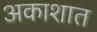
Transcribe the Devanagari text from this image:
अकाशात